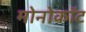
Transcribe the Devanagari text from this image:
मोनोकॉट